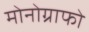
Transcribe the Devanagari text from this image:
मोनोग्राफो